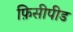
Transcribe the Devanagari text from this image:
फ़िसीपीड